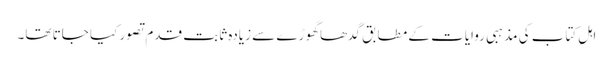
اہلِ کتاب کی مذہبی روایات کے مطابق گدھا گھوڑے سے زیادہ ثابت قدم تصور کیا جاتا تھا۔